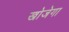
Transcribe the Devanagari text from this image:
खोजेगा